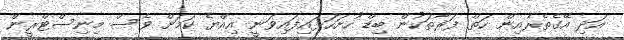
އަދި އޭގެތެރެއިން ހަތް ފަރާތަކުން ބިޑް ހުށަހަޅައިފައިވަނީ އިއްޔެ ކަމަށް ވެސް މިނިސްޓްރީން